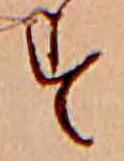
す